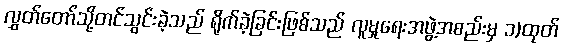
လွှတ်တော်သို့တင်သွင်းခဲ့သည် ရိုက်ခဲ့ခြင်းဖြစ်သည် လူမှုရေးအဖွဲ့အစည်းမှ ၁)ထုတ်